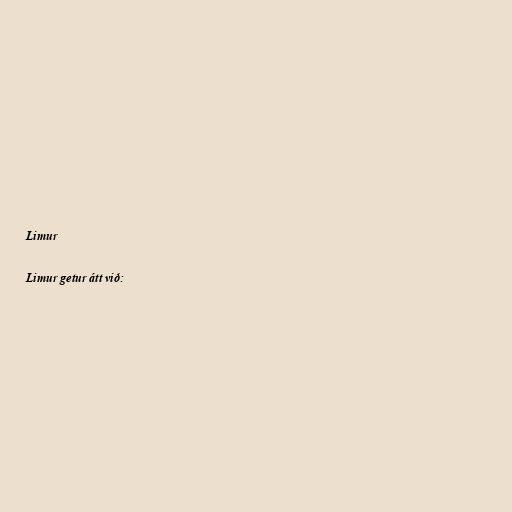
Limur

Limur getur átt við: